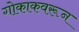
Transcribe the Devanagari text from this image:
गोकाकवरून